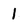
Character: 1